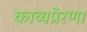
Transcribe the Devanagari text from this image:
काव्यप्रेरणा